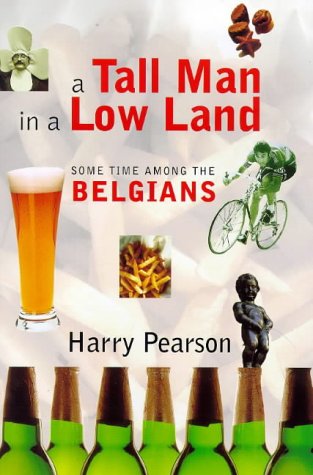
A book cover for A Tall Man in a Low Land: Some Time Among the Belgians; Harry Pearson; Travel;